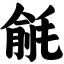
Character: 毹